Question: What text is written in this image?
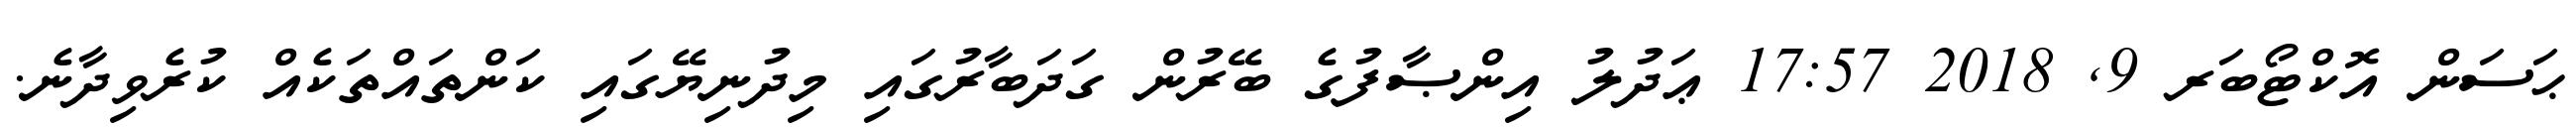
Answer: ޙަސަން އޮކްޓޯބަރ 9, 2018 17:57 ޢަދުލު އިންޞާފުގެ ބޭރުން ގަދަބާރުގައި މިދުނިޔޭގައި ކަންތައްތަކެއް ކުރެވިދާނެ.